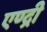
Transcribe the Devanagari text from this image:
एण्द्री